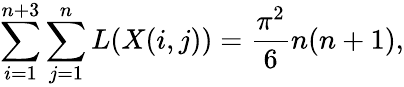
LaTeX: \sum_{i=1}^{n+3}\sum_{j=1}^{n}L(X(i,j))=\frac{\pi^{2}}{6}n(n+1),